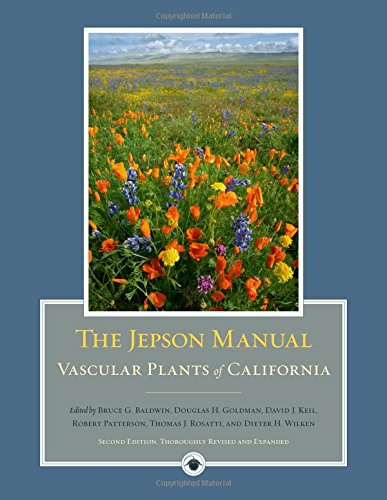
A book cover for The Jepson Manual: Vascular Plants of California; Science & Math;